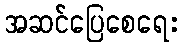
အဆင်ပြေစေရေး